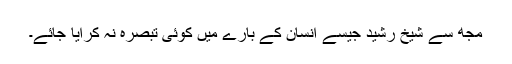
مجھ سے شیخ رشید جیسے انسان کے بارے میں کوئی تبصرہ نہ کرایا جائے۔